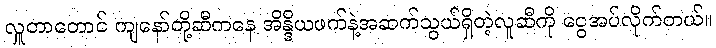
လှူတာတောင် ကျနော်တို့ဆီကနေ အိန္ဒိယဖက်နဲ့အဆက်သွယ်ရှိတဲ့လူဆီကို ငွေအပ်လိုက်တယ်။